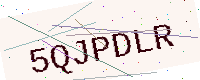
Text: 5QJPDLR